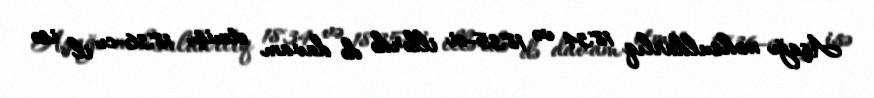
Aşağı məhsuldarlıq 1834 və 1835-ci illərdə də davam etmiş, 1836-cı il isə